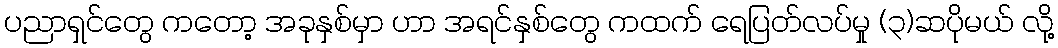
ပညာရှင်တွေ ကတော့ အခုနှစ်မှာ ဟာ အရင်နှစ်တွေ ကထက် ရေပြတ်လပ်မှု (၃)ဆပိုမယ် လို့